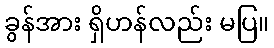
ခွန်အား ရှိဟန်လည်း မပြ။